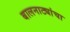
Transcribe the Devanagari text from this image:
बालनाट्यांचा